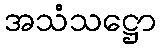
အသံသဋ္ဌော